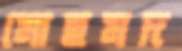
মোহমদ